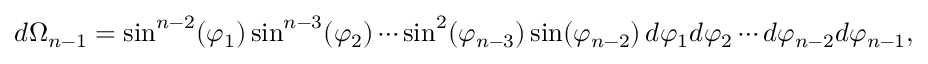
d \Omega _ { n - 1 } = \sin ^ { n - 2 } ( \varphi _ { 1 } ) \sin ^ { n - 3 } ( \varphi _ { 2 } ) \cdots \sin ^ { 2 } ( \varphi _ { n - 3 } ) \sin ( \varphi _ { n - 2 } ) \, d \varphi _ { 1 } d \varphi _ { 2 } \cdots d \varphi _ { n - 2 } d \varphi _ { n - 1 } ,